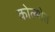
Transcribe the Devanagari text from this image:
कोल्शेत